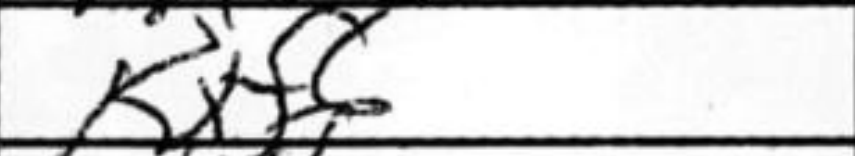
Transcription: Kxf6